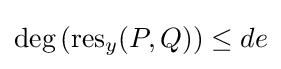
\deg \left(\operatorname {res} _{y}(P,Q)\right)\leq de